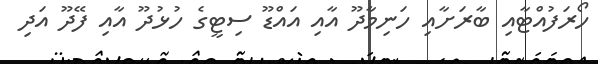
ހޯރަފުއްޓާއި ބާރަށާއި ހަނިމާދޫ އާއި އައްޑޫ ސިޓީގެ ހުޅުދޫ އާއި ފޭދޫ އަދި